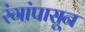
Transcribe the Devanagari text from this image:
रंगांपासून